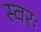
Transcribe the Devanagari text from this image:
स्वरः